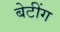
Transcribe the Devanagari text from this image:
बेटींग